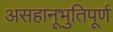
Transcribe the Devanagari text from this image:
असहानूभुतिपूर्ण